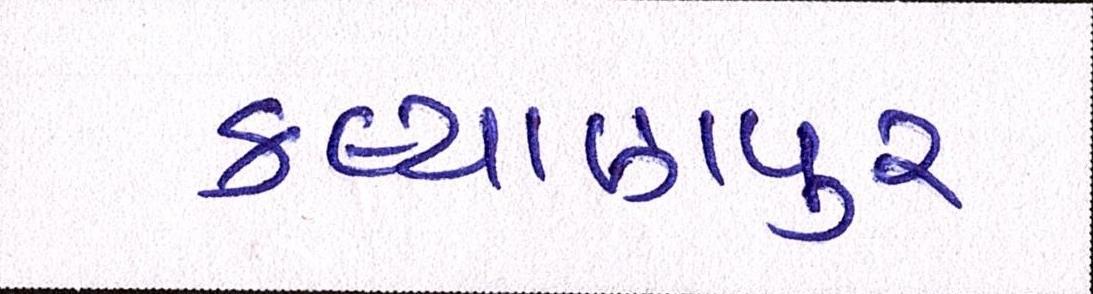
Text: કલ્યાણપુર